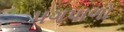
પગપાળો